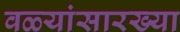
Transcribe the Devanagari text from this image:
वळ्यांसारख्या